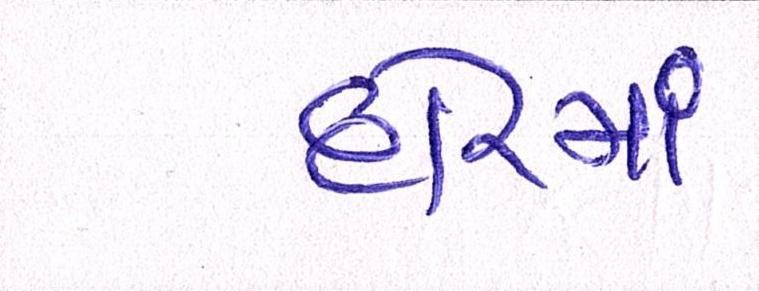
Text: દોરમાં